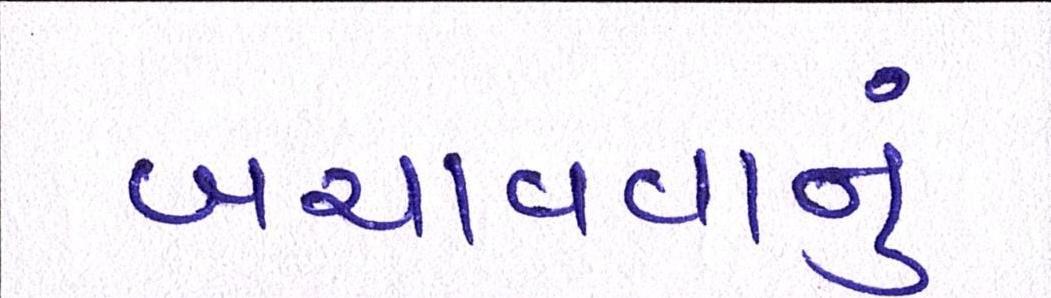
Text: બચાવવાનું